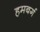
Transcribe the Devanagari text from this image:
हमबर्ग